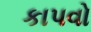
કાપવો